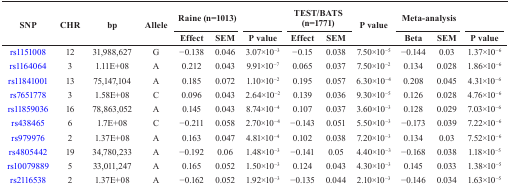
<table><thead><tr><td rowspan="2"><b>SNP</b></td><td rowspan="2"><b>CHR</b></td><td rowspan="2"><b>bp</b></td><td rowspan="2"><b>Allele</b></td><td colspan="2"><b>Raine (n=1013)</b></td><td></td><td colspan="2"><b>TEST/BATS (n=1771)</b></td><td rowspan="2"><b>P value</b></td><td colspan="2"><b>Meta-analysis</b></td><td></td></tr><tr><td><b>Effect</b></td><td><b>SEM</b></td><td><b>P value</b></td><td><b>Effect</b></td><td><b>SEM</b></td><td><b>Beta</b></td><td><b>SEM</b></td><td><b>P value</b></td></tr></thead><tbody><tr><td>rs1151008</td><td>12</td><td>31,988,627</td><td>G</td><td>−0.138</td><td>0.046</td><td>3.07×10<sup>−3</sup></td><td>−0.15</td><td>0.038</td><td>7.50×10<sup>−5</sup></td><td>−0.144</td><td>0.03</td><td>1.37×10<sup>−6</sup></td></tr><tr><td>rs1164064</td><td>3</td><td>1.11E+08</td><td>A</td><td>0.212</td><td>0.043</td><td>9.91×10<sup>−7</sup></td><td>0.065</td><td>0.037</td><td>7.50×10<sup>−2</sup></td><td>0.134</td><td>0.028</td><td>1.86×10<sup>−6</sup></td></tr><tr><td>rs11841001</td><td>13</td><td>75,147,104</td><td>A</td><td>0.185</td><td>0.072</td><td>1.10×10<sup>−2</sup></td><td>0.195</td><td>0.057</td><td>6.30×10<sup>−4</sup></td><td>0.208</td><td>0.045</td><td>4.31×10<sup>−6</sup></td></tr><tr><td>rs7651778</td><td>3</td><td>1.58E+08</td><td>C</td><td>0.096</td><td>0.043</td><td>2.64×10<sup>−2</sup></td><td>0.139</td><td>0.036</td><td>9.30×10<sup>−5</sup></td><td>0.126</td><td>0.028</td><td>4.76×10<sup>−6</sup></td></tr><tr><td>rs11859036</td><td>16</td><td>78,863,052</td><td>A</td><td>0.145</td><td>0.043</td><td>8.74×10<sup>−4</sup></td><td>0.107</td><td>0.037</td><td>3.60×10<sup>−3</sup></td><td>0.128</td><td>0.029</td><td>7.03×10<sup>−6</sup></td></tr><tr><td>rs438465</td><td>6</td><td>1.7E+08</td><td>C</td><td>−0.211</td><td>0.058</td><td>2.70×10<sup>−4</sup></td><td>−0.143</td><td>0.051</td><td>5.50×10<sup>−3</sup></td><td>−0.173</td><td>0.039</td><td>7.22×10<sup>−6</sup></td></tr><tr><td>rs979976</td><td>2</td><td>1.37E+08</td><td>A</td><td>0.163</td><td>0.047</td><td>4.81×10<sup>−4</sup></td><td>0.102</td><td>0.038</td><td>7.20×10<sup>−3</sup></td><td>0.134</td><td>0.03</td><td>7.52×10<sup>−6</sup></td></tr><tr><td>rs4805442</td><td>19</td><td>34,780,233</td><td>A</td><td>−0.192</td><td>0.06</td><td>1.48×10<sup>−3</sup></td><td>−0.141</td><td>0.05</td><td>4.40×10<sup>−3</sup></td><td>−0.168</td><td>0.038</td><td>1.18×10<sup>−5</sup></td></tr><tr><td>rs10079889</td><td>5</td><td>33,011,247</td><td>A</td><td>0.165</td><td>0.052</td><td>1.50×10<sup>−3</sup></td><td>0.124</td><td>0.043</td><td>4.30×10<sup>−3</sup></td><td>0.145</td><td>0.033</td><td>1.38×10<sup>−5</sup></td></tr><tr><td>rs2116538</td><td>2</td><td>1.37E+08</td><td>A</td><td>−0.162</td><td>0.052</td><td>1.92×10<sup>−3</sup></td><td>−0.135</td><td>0.044</td><td>2.10×10<sup>−3</sup></td><td>−0.146</td><td>0.034</td><td>1.63×10<sup>−5</sup></td></tr></tbody></table>